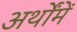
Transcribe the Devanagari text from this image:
अर्थोंमें